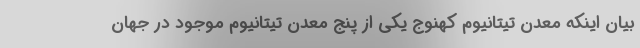
بیان اینکه معدن تیتانیوم کهنوج یکی از پنج معدن تیتانیوم موجود در جهان